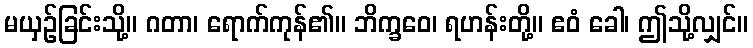
မယှဉ်ခြင်းသို့။ ဂတာ၊ ရောက်ကုန်၏။ ဘိက္ခဝေ၊ ရဟန်းတို့။ ဧဝံ ခေါ၊ ဤသို့လျှင်။